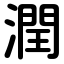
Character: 潤